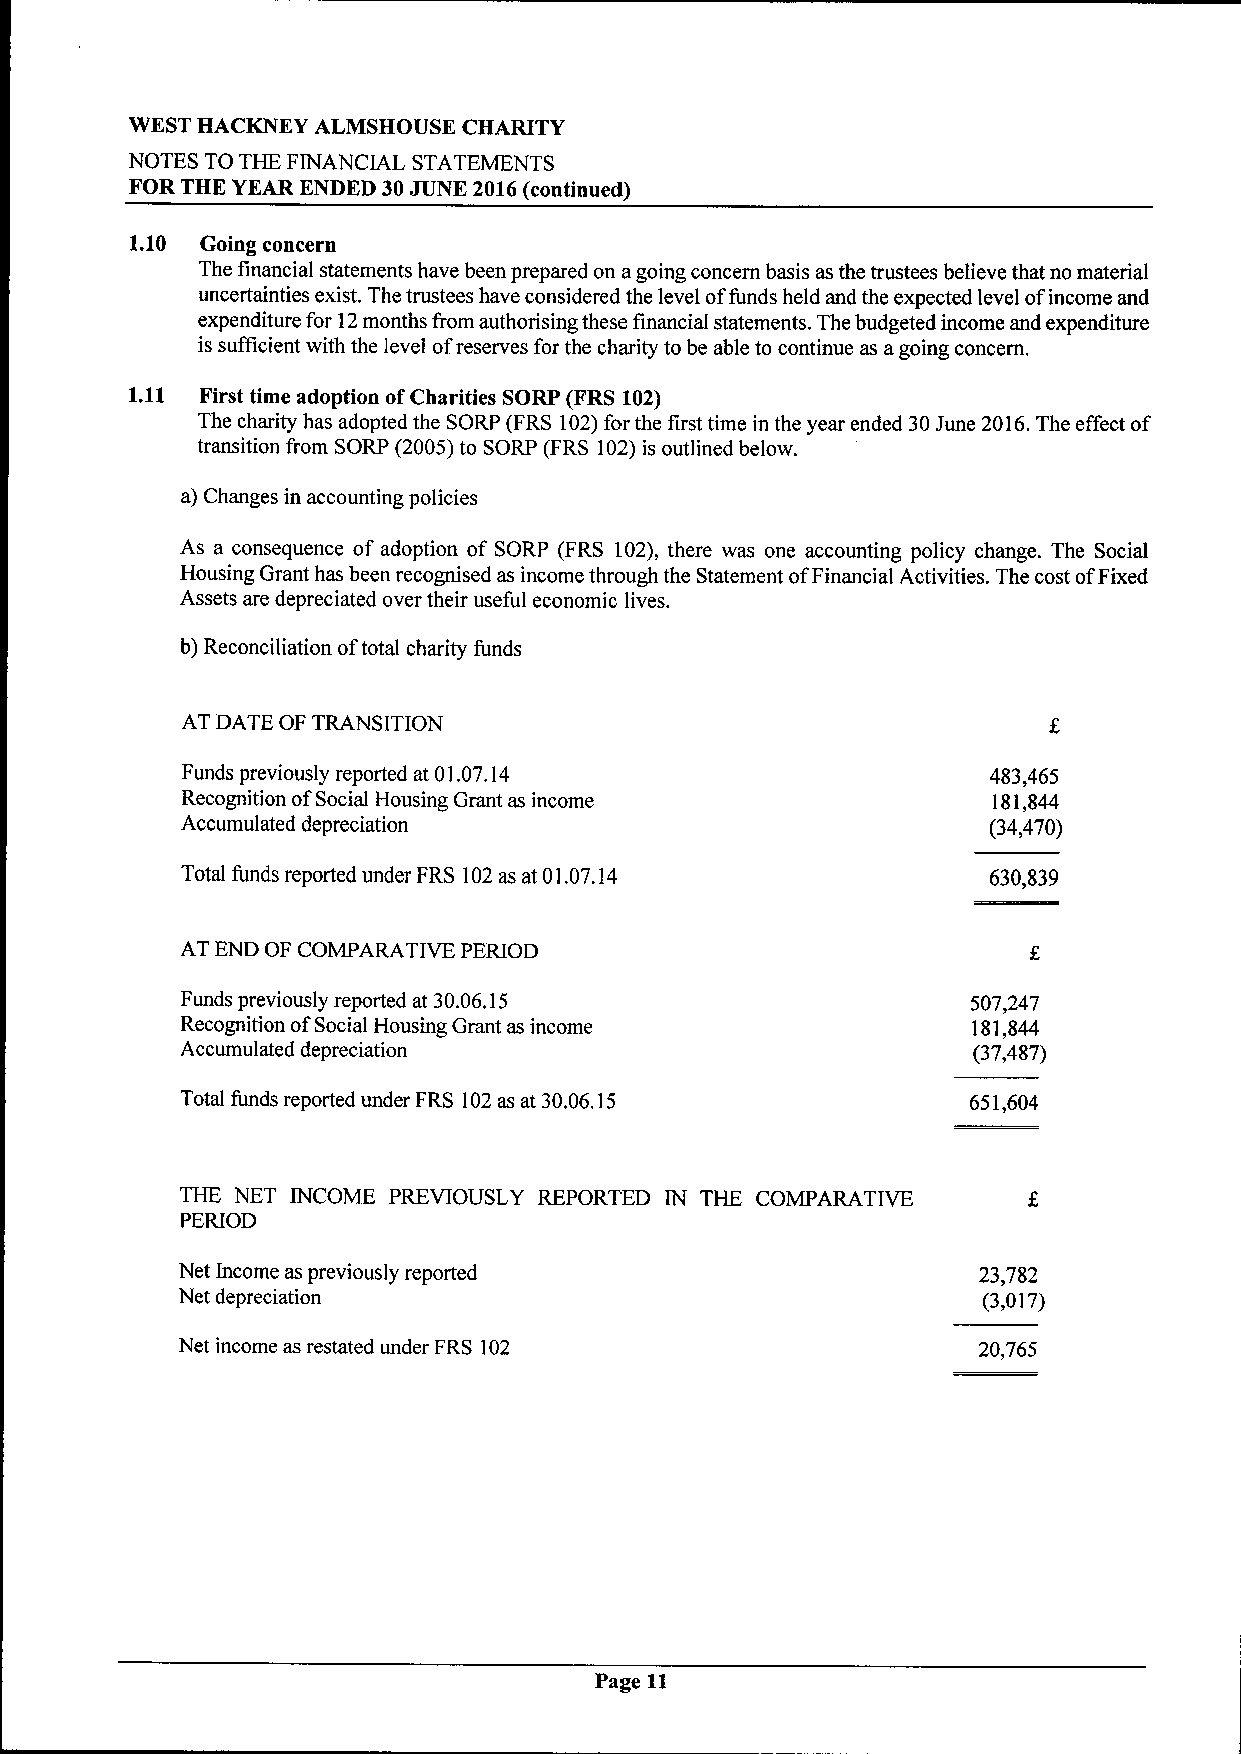
WEST HACKNEY ALMSHOUSE CHARITY
 NOTES TO THE FINANCIAL STATEMENTS
 FOR THE YEAR ENDED 30JUNE 2016(continued)
 1.10 Going concern
 The financial statements have been prepared on agoing concern basis as the trustees believe that no material
 uncertainties exist. The trustees have considered the level offunds held and the expected level ofincome and
 expenditure for 12months from authorising these financial statements. The budgeted income and expenditure
 is sufficient with the level ofreserves for the charity to be able to continue as agoing concern.
 1.11 First time adoption ofCharities SORP (FRS 102)
 The charity has adopted the SORP (FRS 102)for the first time in the year ended 30June 2016.The effect of
 transition from SORP (2005)to SORP (FRS 102)is outlined below.
 a) Changes in accounting policies
 As a consequence of adoption of SORP (FRS 102), there was one accounting policy change. The Social
 Housing Grant has been recognised as income through the Statement ofFinancial Activities. The cost ofFixed
 Assets are depreciated over their useful economic lives.
 b) Reconciliation oftotal charity funds
 AT DATE OF TRANSITION
 Funds previously reported at 01.07.14                483,465
 Recognition ofSocial Housing Grant as income          181,844
 Accumulated depreciation                             (34,470)
 Total funds reported under FRS 102as at 01.07.14     630,839
 AT END OF COMPARATIVE PERIOD
 Funds previously reported at 30.06,15               507,247
 Recognition ofSocial Housing Grant as income        181,844
 Accumulated depreciation                            (37,487)
 Total funds reported under FRS 102as at 30,06.15    651,604
 THE NET INCOME PREVIOUSLY REPORTED IN THE COMPARATIVE
 PERIOD
 Net Income as previously reported                    23,782
 Net depreciation                                     (3,017)
 Net income as restated under FRS 102                 20,765
 Page 11